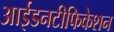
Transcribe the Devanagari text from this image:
आईडनटीफिकेशन